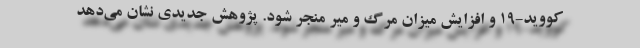
کووید-۱۹ و افزایش میزان مرگ و میر منجر شود. پژوهش جدیدی نشان می‌دهد